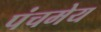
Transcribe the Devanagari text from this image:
पंचमेय